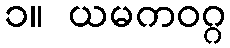
၁။ ယမကဝဂ္ဂ